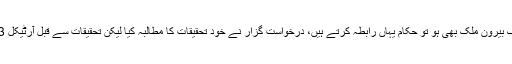
مخدوم علی خان نے کہا کہ منی لانڈرنگ بیرون ملک بھی ہو تو حکام یہاں رابطہ کرتے ہیں، درخواست گزار نے خود تحقیقات کا مطالبہ کیا لیکن تحقیقات سے قبل آرٹیکل 63 کے تحت نااہلی کیسے ہو سکتی ہے؟